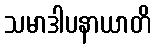
သမာဒါပနာယာတိ